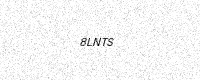
Text: 8LNTS